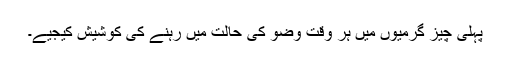
پہلی چیز گرمیوں میں ہر وقت وضو کی حالت میں رہنے کی کوشیش کیجیے۔